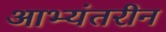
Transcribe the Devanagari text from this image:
आभ्यंतरीन